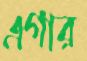
এগার